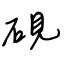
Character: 硯